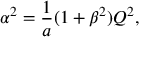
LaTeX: \alpha ^ { 2 } = { \frac { 1 } { a } } ( 1 + \beta ^ { 2 } ) Q ^ { 2 } ,